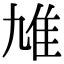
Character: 䧱